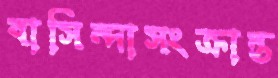
বাসিন্দাসংক্রান্ত